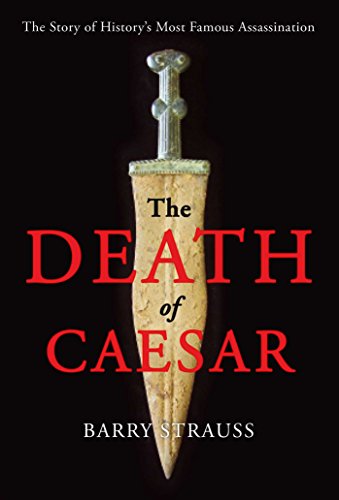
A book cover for The Death of Caesar: The Story of History's Most Famous Assassination; Barry Strauss; History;